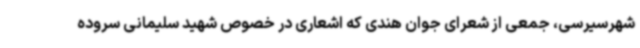
شهرسیرسی، جمعی از شعرای جوان هندی که اشعاری در خصوص شهید سلیمانی سروده